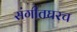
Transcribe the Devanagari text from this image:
संगीतघरच